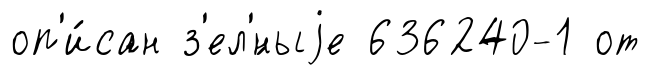
оп'и́сан з'ел'́ныjе 636240-1 от